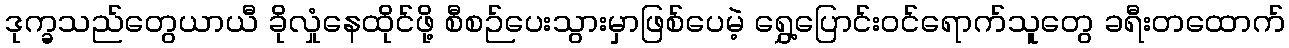
ဒုက္ခသည်တွေယာယီ ခိုလှုံနေထိုင်ဖို့ စီစဉ်ပေးသွားမှာဖြစ်ပေမဲ့ ရွှေ့ပြောင်းဝင်ရောက်သူတွေ ခရီးတထောက်